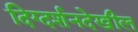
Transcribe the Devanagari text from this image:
दिग्दर्शनदेखील